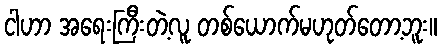
ငါဟာ အရေးကြီးတဲ့လူ တစ်ယောက်မဟုတ်တော့ဘူး။